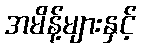
အမိန့်များနှင့်